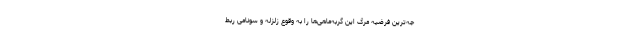
جه‌ترین فرضیه مرگ این گربه‌ماهی‌ها را به وقوع زلزله و سونامی ربط